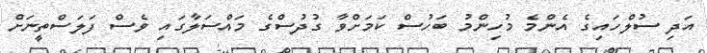
އަދި ސުލްހައިގެ އެންމެ މުހިންމު ބަހުސް ކަމަށްވާ ގުދުސްގެ މައްސަލާގައި ވެސް ފަލަސްތީނަށް